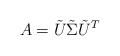
\begin{align*}A = \tilde{U} \tilde{\Sigma} \tilde{U}^T\end{align*}